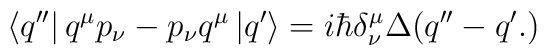
\left\langle q'' \right|q^{\mu}p_{\nu}- p_{\nu}q^{\mu}\left| q'\right\rangle=i\hbar\delta^{\mu}_{\nu}\Delta(q''-q'.)